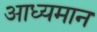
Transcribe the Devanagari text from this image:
आध्यमान